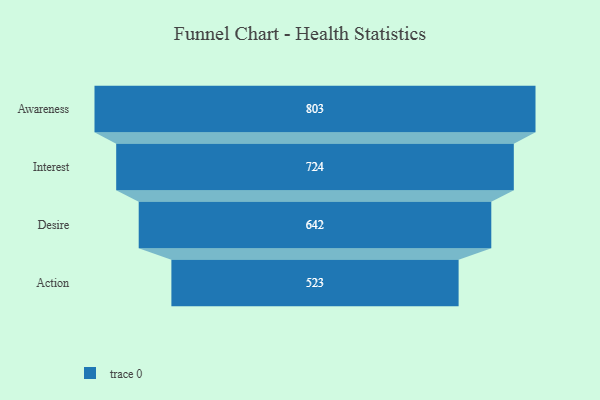
{"axis": {"x": "Stage", "y": "Value"}, "legend": [""], "data": [{"x": "Awareness", "y": 803.0, "type": ""}, {"x": "Interest", "y": 724.0, "type": ""}, {"x": "Desire", "y": 642.0, "type": ""}, {"x": "Action", "y": 523.0, "type": ""}]}